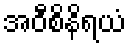
အဝီစိနိရယံ